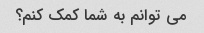
می توانم به شما کمک کنم؟